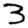
Digit: 3